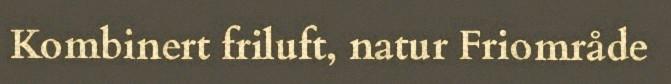
Kombinert friluft, natur Friområde